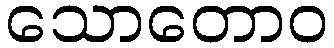
သောတောဝ